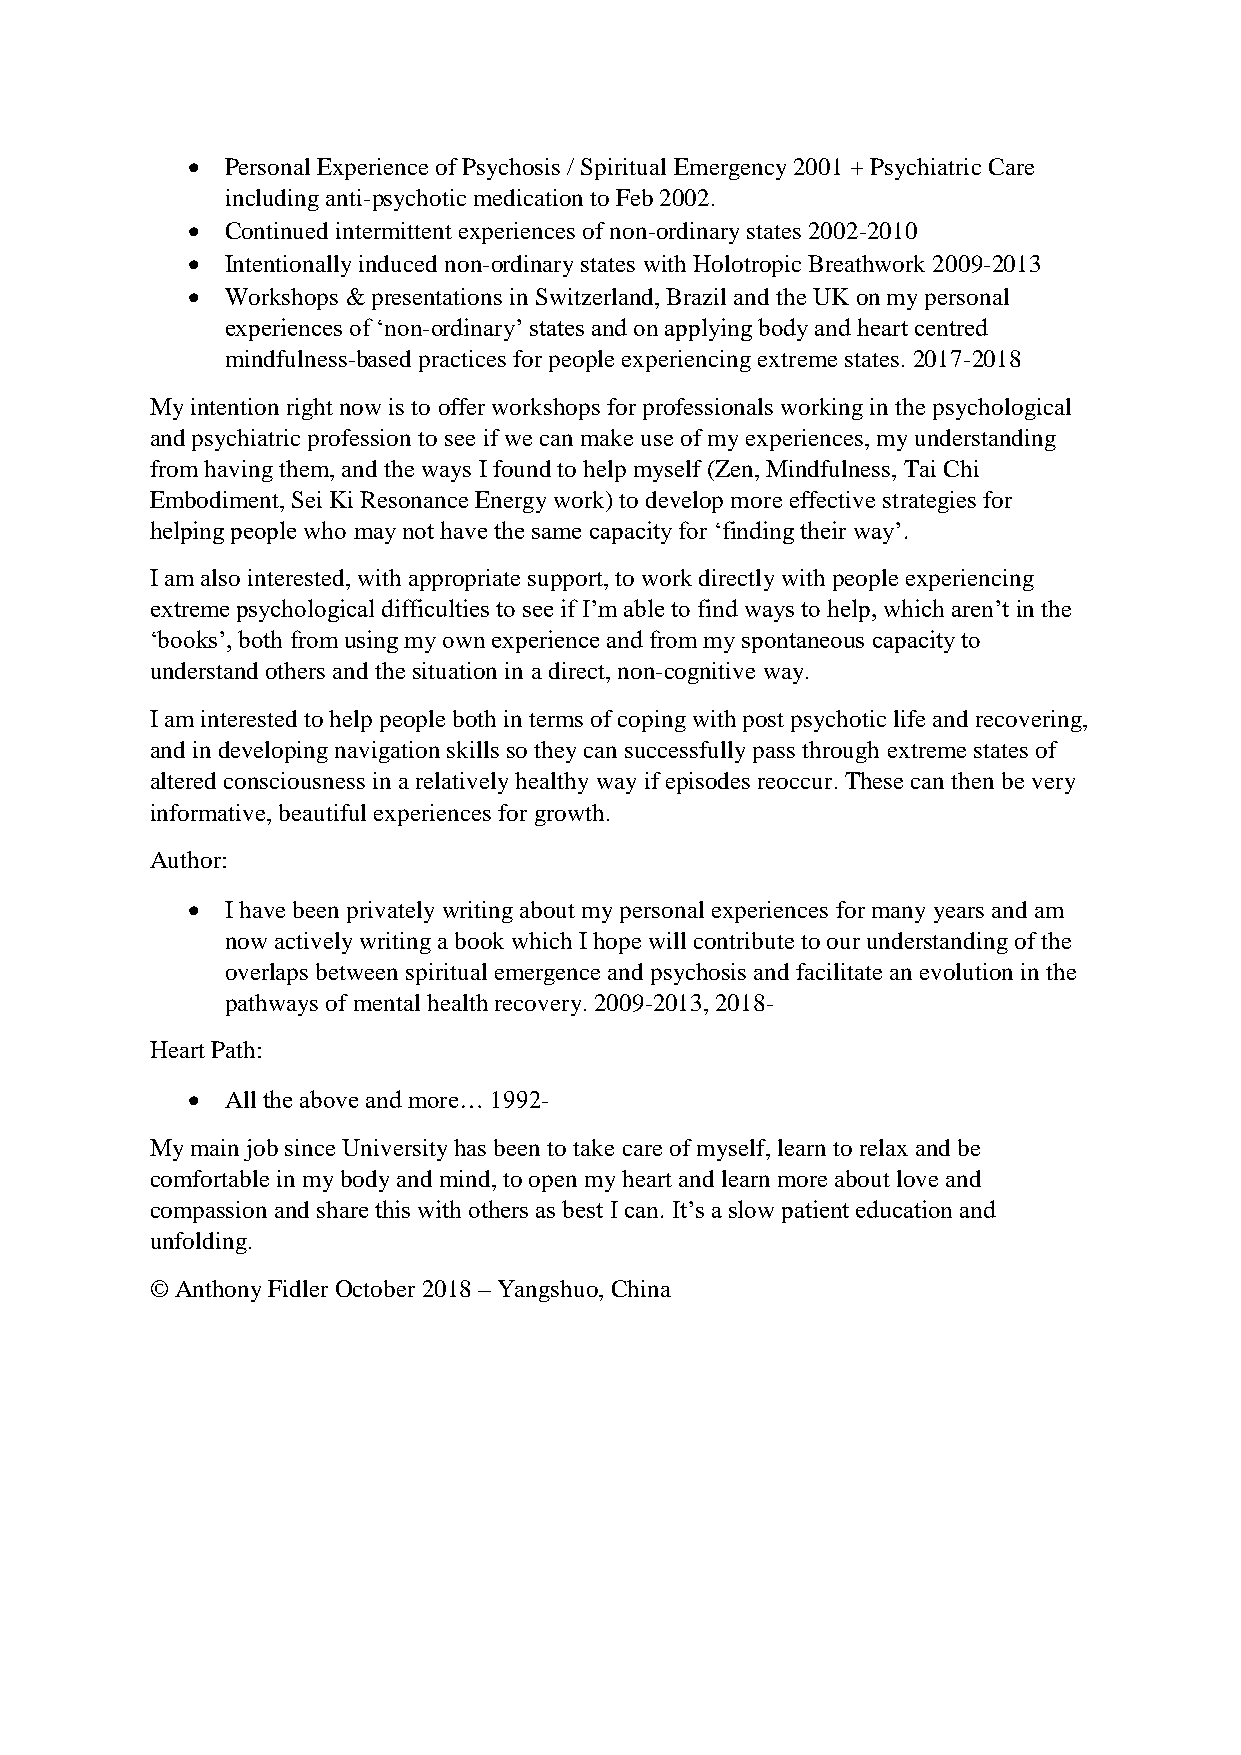
•  Personal Experience of Psychosis / Spiritual Emergency 2001 + Psychiatric Care
 including anti-psychotic medication to Feb 2002.
 •  Continued intermittent experiences of non-ordinary states 2002-2010
 •  Intentionally induced non-ordinary states with Holotropic Breathwork 2009-2013
 •  Workshops & presentations in Switzerland, Brazil and the UK on my personal
 experiences of ‘non-ordinary’ states and on applying body and heart centred
 mindfulness-based practices for people experiencing extreme states. 2017-2018
 My intention right now is to offer workshops for professionals working in the psychological
 and psychiatric profession to see if we can make use of my experiences, my understanding
 from having them, and the ways I found to help myself (Zen, Mindfulness, Tai Chi
 Embodiment, Sei Ki Resonance Energy work) to develop more effective strategies for
 helping people who may not have the same capacity for ‘finding their way’.
 I am also interested, with appropriate support, to work directly with people experiencing
 extreme psychological difficulties to see if I’m able to find ways to help, which aren’t in the
 ‘books’, both from using my own experience and from my spontaneous capacity to
 understand others and the situation in a direct, non-cognitive way.
 I am interested to help people both in terms of coping with post psychotic life and recovering,
 and in developing navigation skills so they can successfully pass through extreme states of
 altered consciousness in a relatively healthy way if episodes reoccur. These can then be very
 informative, beautiful experiences for growth.
 Author:
 •  I have been privately writing about my personal experiences for many years and am
 now actively writing a book which I hope will contribute to our understanding of the
 overlaps between spiritual emergence and psychosis and facilitate an evolution in the
 pathways of mental health recovery. 2009-2013, 2018-
 Heart Path:
 •  All the above and more… 1992-
 My main job since University has been to take care of myself, learn to relax and be
 comfortable in my body and mind, to open my heart and learn more about love and
 compassion and share this with others as best I can. It’s a slow patient education and
 unfolding.
 © Anthony Fidler October 2018 – Yangshuo, China